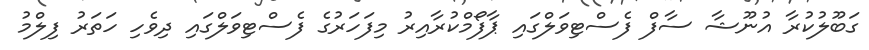
ގަބޫލުކުރާ އުނޫޝާ ސާފް ފެސްޓިވަލްގައި ޕާފޯމްކުރާއިރު މިފަހަރުގެ ފެސްޓިވަލްގައި ދިވެހި ހަތަރު ފިލްމު